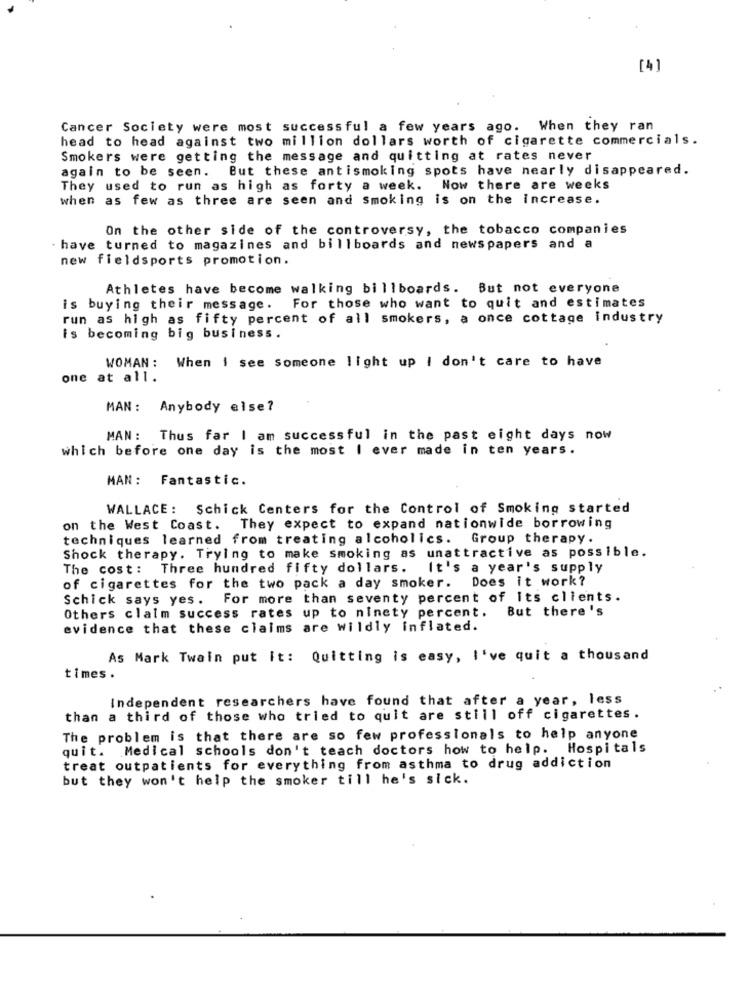
[4]
Cancer Society were most successful a few years ago. When they ran
head to head against two million dollars worth of cigarette commercials.
Smokers were getting the message and quitting at rates never
again to be seen. But these antismoking spots have nearly disappeared.
They used to run as high as forty a week. Now there are weeks
when as few as three are seen and Smoking is on the increase.
On the other side of the controversy, the tobacco companies
. have turned to magazines and billboards and newspapers and a
new fieldsports promotion.
Athletes have become walking billboards. But not everyone
For those who want to quit and estimates
is buying their message.
run as high as fifty percent of all smokers, a once cottage industry
is becoming big business.
WOMAN: When I see someone light up I don't care to have
one at all.
MAN: Anybody else?
MAN: Thus far I am successful in the past eight days now
which before one day is the most I ever made in ten years.
MAN: Fantastic.
WALLACE: Schick Centers for the Control of Smoking started
on the West Coast. They expect to expand nationwide borrowing
techniques learned from treating alcoholics. Group therapy.
Shock therapy. Trying to make smoking as unattractive as possible.
The cost: Three hundred fifty dollars.
It's a year's supply
Does it work?
of cigarettes for the two pack a day smoker.
Schick says yes. For more than seventy percent of Its clients.
Others claim success rates up to ninety percent. But there's
evidence that these claims are wildly inflated.
As Mark Twain put it: Quitting is easy, I've quit a thousand
times .
Independent researchers have found that after a year, less
than a third of those who tried to quit are still off cigarettes.
The problem is that there are so few professionals to help anyone
quit. Medical schools don't teach doctors how to help. Hospitals
treat outpatients for everything from asthma to drug addiction
but they won't help the smoker till he's sick.